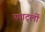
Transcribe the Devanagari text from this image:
स्पार्ट्ली